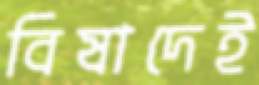
বিষাদেই